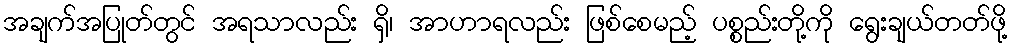
အချက်အပြုတ်တွင် အရသာလည်း ရှိ၊ အာဟာရလည်း ဖြစ်စေမည့် ပစ္စည်းတို့ကို ရွေးချယ်တတ်ဖို့